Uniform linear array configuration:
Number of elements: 24
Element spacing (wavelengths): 0.5
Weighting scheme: cosine
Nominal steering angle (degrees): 45
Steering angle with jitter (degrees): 43.866
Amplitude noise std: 0.05
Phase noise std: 0.05

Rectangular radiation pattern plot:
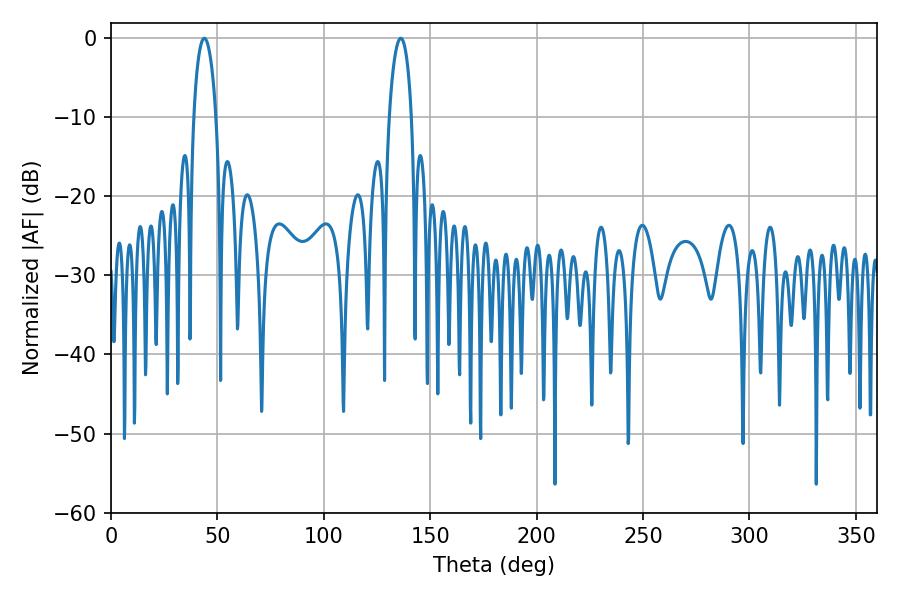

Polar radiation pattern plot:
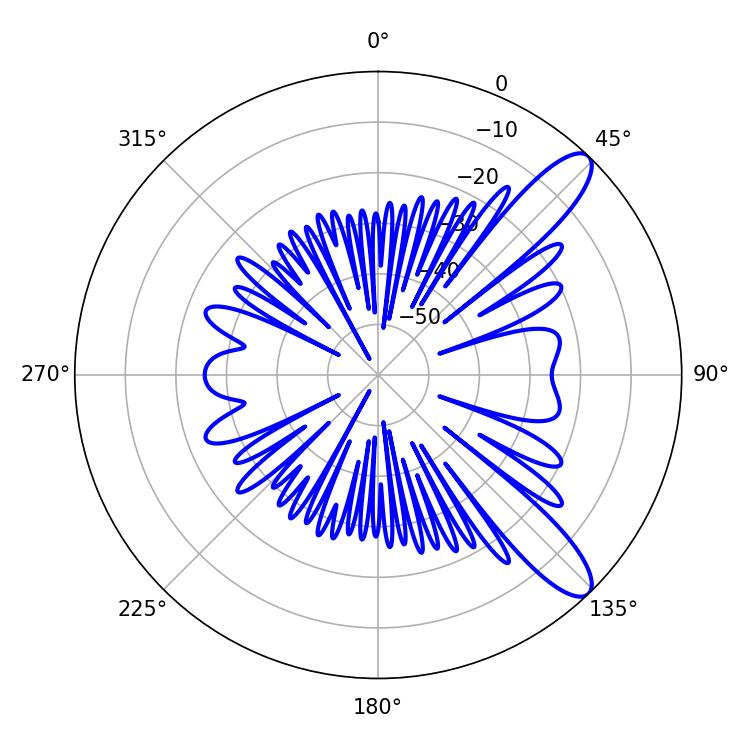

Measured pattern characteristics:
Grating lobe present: FALSE
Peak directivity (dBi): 10.997
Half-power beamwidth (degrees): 6.12
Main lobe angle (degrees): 136.08